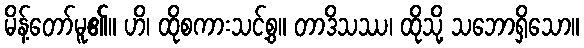
မိန့်တော်မူ၏။ ဟိ၊ ထိုစကားသင့်စွ။ တာဒိသဿ၊ ထိုသို့ သဘောရှိသော။